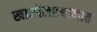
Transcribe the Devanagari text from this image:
खालीलप्रमाणात